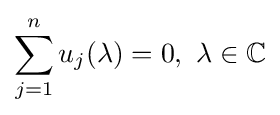
\sum _{j=1}^{n}u_{j}(\lambda )=0,\ \lambda \in \mathbb {C}